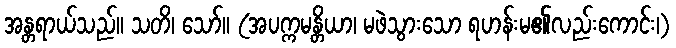
အန္တရာယ်သည်။ သတိ၊ သော်။ (အပက္ကမန္တိယာ၊ မဖဲသွားသော ရဟန်းမ၏လည်းကောင်း၊)